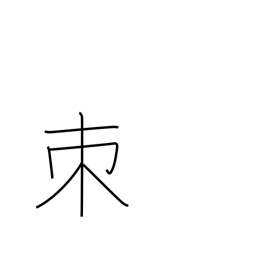
Meaning: thorn